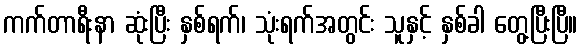
ကက်တာရီးနာ ဆုံးပြီး နှစ်ရက်၊ သုံးရက်အတွင်း သူနှင့် နှစ်ခါ တွေ့ပြီးပြီ။